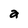
Character: a